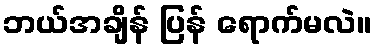
ဘယ်အချိန် ပြန် ရောက်မလဲ။